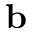
\mathbf { b }